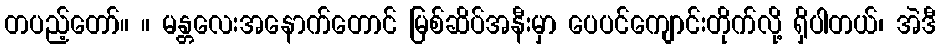
တပည့်တော်။ ။ မန္တလေးအနောက်တောင် မြစ်ဆိပ်အနီးမှာ ပေပင်ကျောင်းတိုက်လို့ ရှိပါတယ်၊ အဲဒီ